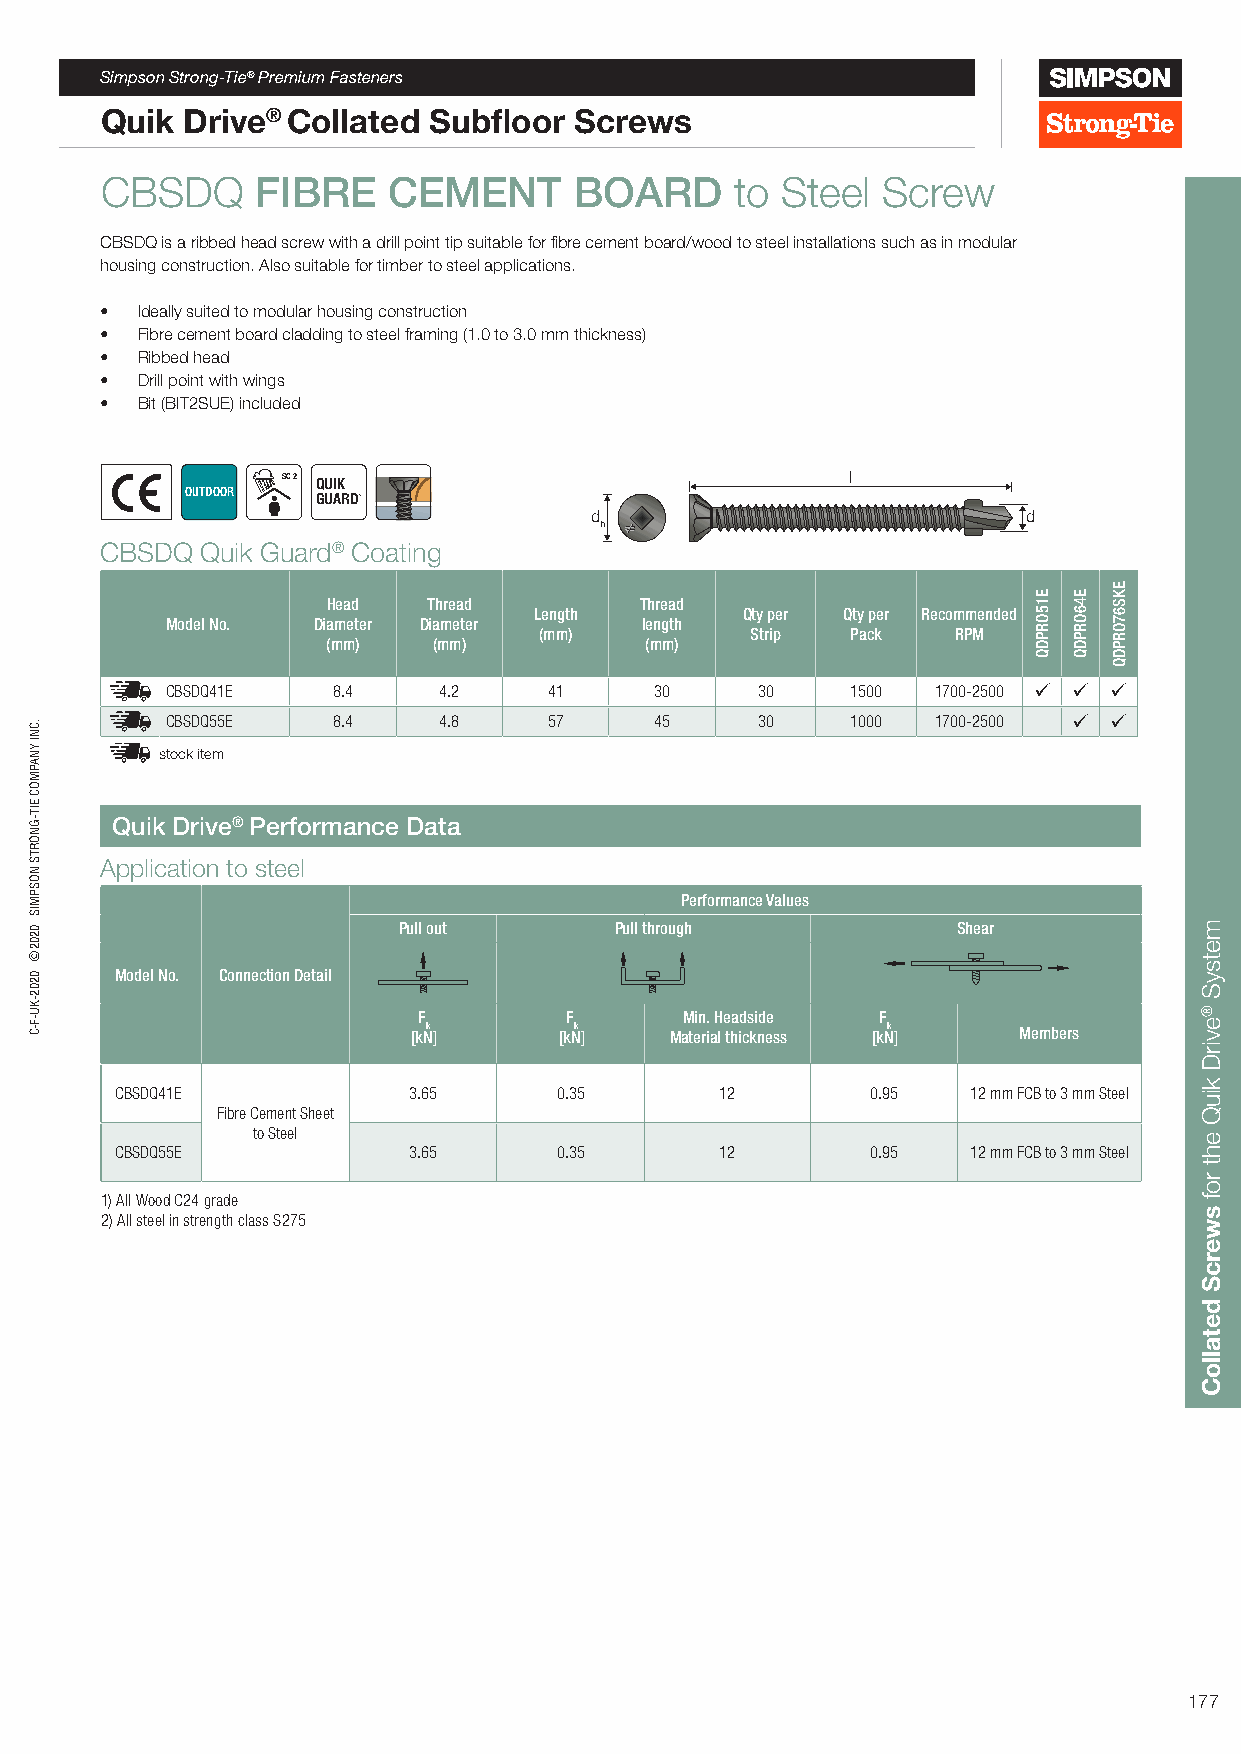
Simpson Strong-Tie® Premium Fasteners
 Quik Drive® Collated Subfloor  Screws
 CBSDQ     FIBRE    CEMENT      BOARD      to Steel Screw
 CBSDQ is a ribbed head screw with a drill point tip suitable for fibre cement board/wood to steel installations such as in modular
 housing construction. Also suitable for timber to steel applications.
 • Ideally suited to modular housing construction
 • Fibre cement board cladding to steel framing (1.0 to 3.0 mm thickness)
 • Ribbed head
 • Drill point with wings
 • Bit (BIT2SUE) included
 SC 2 QUIK                            l
 OUTDOOR
 GUARD
 d                            d
 h
 CBSDQ Quik Guard® Coating
 Head  Thread        Thread
 Length        Qty per Qty per Recommended
 Model No. Diameter Diameter    length
 (mm)          Strip Pack   RPM
 (mm)   (mm)          (mm)
 CBSDQ41E   8.4    4.2    41     30     30    1500  1700-2500   
 CBSDQ55E   8.4    4.8    57     45     30    1000  1700-2500  
 stock item
 Quik Drive® Performance Data
 Application to steel
 Performance Values
 Pull out       Pull through          Shear
 Model No. Connection Detail
 F        F       Min. Headside F
 [kNk ]    [kNk ] Material thickness [kNk ] Members
 CBSDQ41E           3.65      0.35       12        0.95  12 mm FCB to 3 mm Steel
 Fibre Cement Sheet
 to Steel
 CBSDQ55E           3.65      0.35       12        0.95  12 mm FCB to 3 mm Steel
 1) All Wood C24 grade
 2) All steel in strength class S275
 177
 .CNI
 YNAPMOC
 EIT-GNORTS
 NOSPMIS
 0202©
 0202-KU-F-C
 E15ORPDQ E46ORPDQ
 EKS67ORPDQ
 metsyS
 ®evirD
 kiuQ
 eht
 rof
 swercS
 detalloC